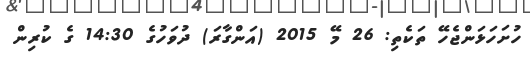
ހުށަހަޅަންޖެހޭ ތަކެތި: 26 މޭ 2015 (އަންގާރަ) ދުވަހުގެ 14:30 ގެ ކުރިން